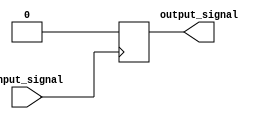
module open_drain_buffer(
    input wire input_signal,
    output reg output_signal
);

// Define parameters
parameter HIGH = 1;
parameter LOW = 0;
parameter HIGH_IMPEDANCE = 2;

// Define states
reg state;

// State machine
always @ (posedge input_signal)
begin
    if(input_signal == HIGH)
    begin
        output_signal <= HIGH_IMPEDANCE;
        state <= HIGH;
    end
    else
    begin
        output_signal <= LOW;
        state <= LOW;
    end
end

endmodule